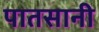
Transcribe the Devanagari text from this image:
पातसानी